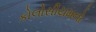
કોલોસીયમનો